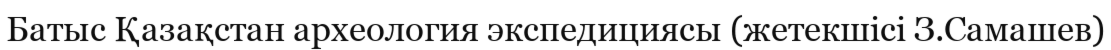
Батыс Қазақстан археология экспедициясы (жетекшісі З.Самашев)